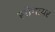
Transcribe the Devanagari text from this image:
सोगायर